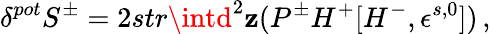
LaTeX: \delta^{pot}S^{\pm}=2str\intd^{2}\mathbf{z}(P^{\pm}H^{+}[H^{-},\epsilon^{s,0}])\, ,